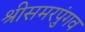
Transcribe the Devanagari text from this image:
श्रीसमरपुंगव